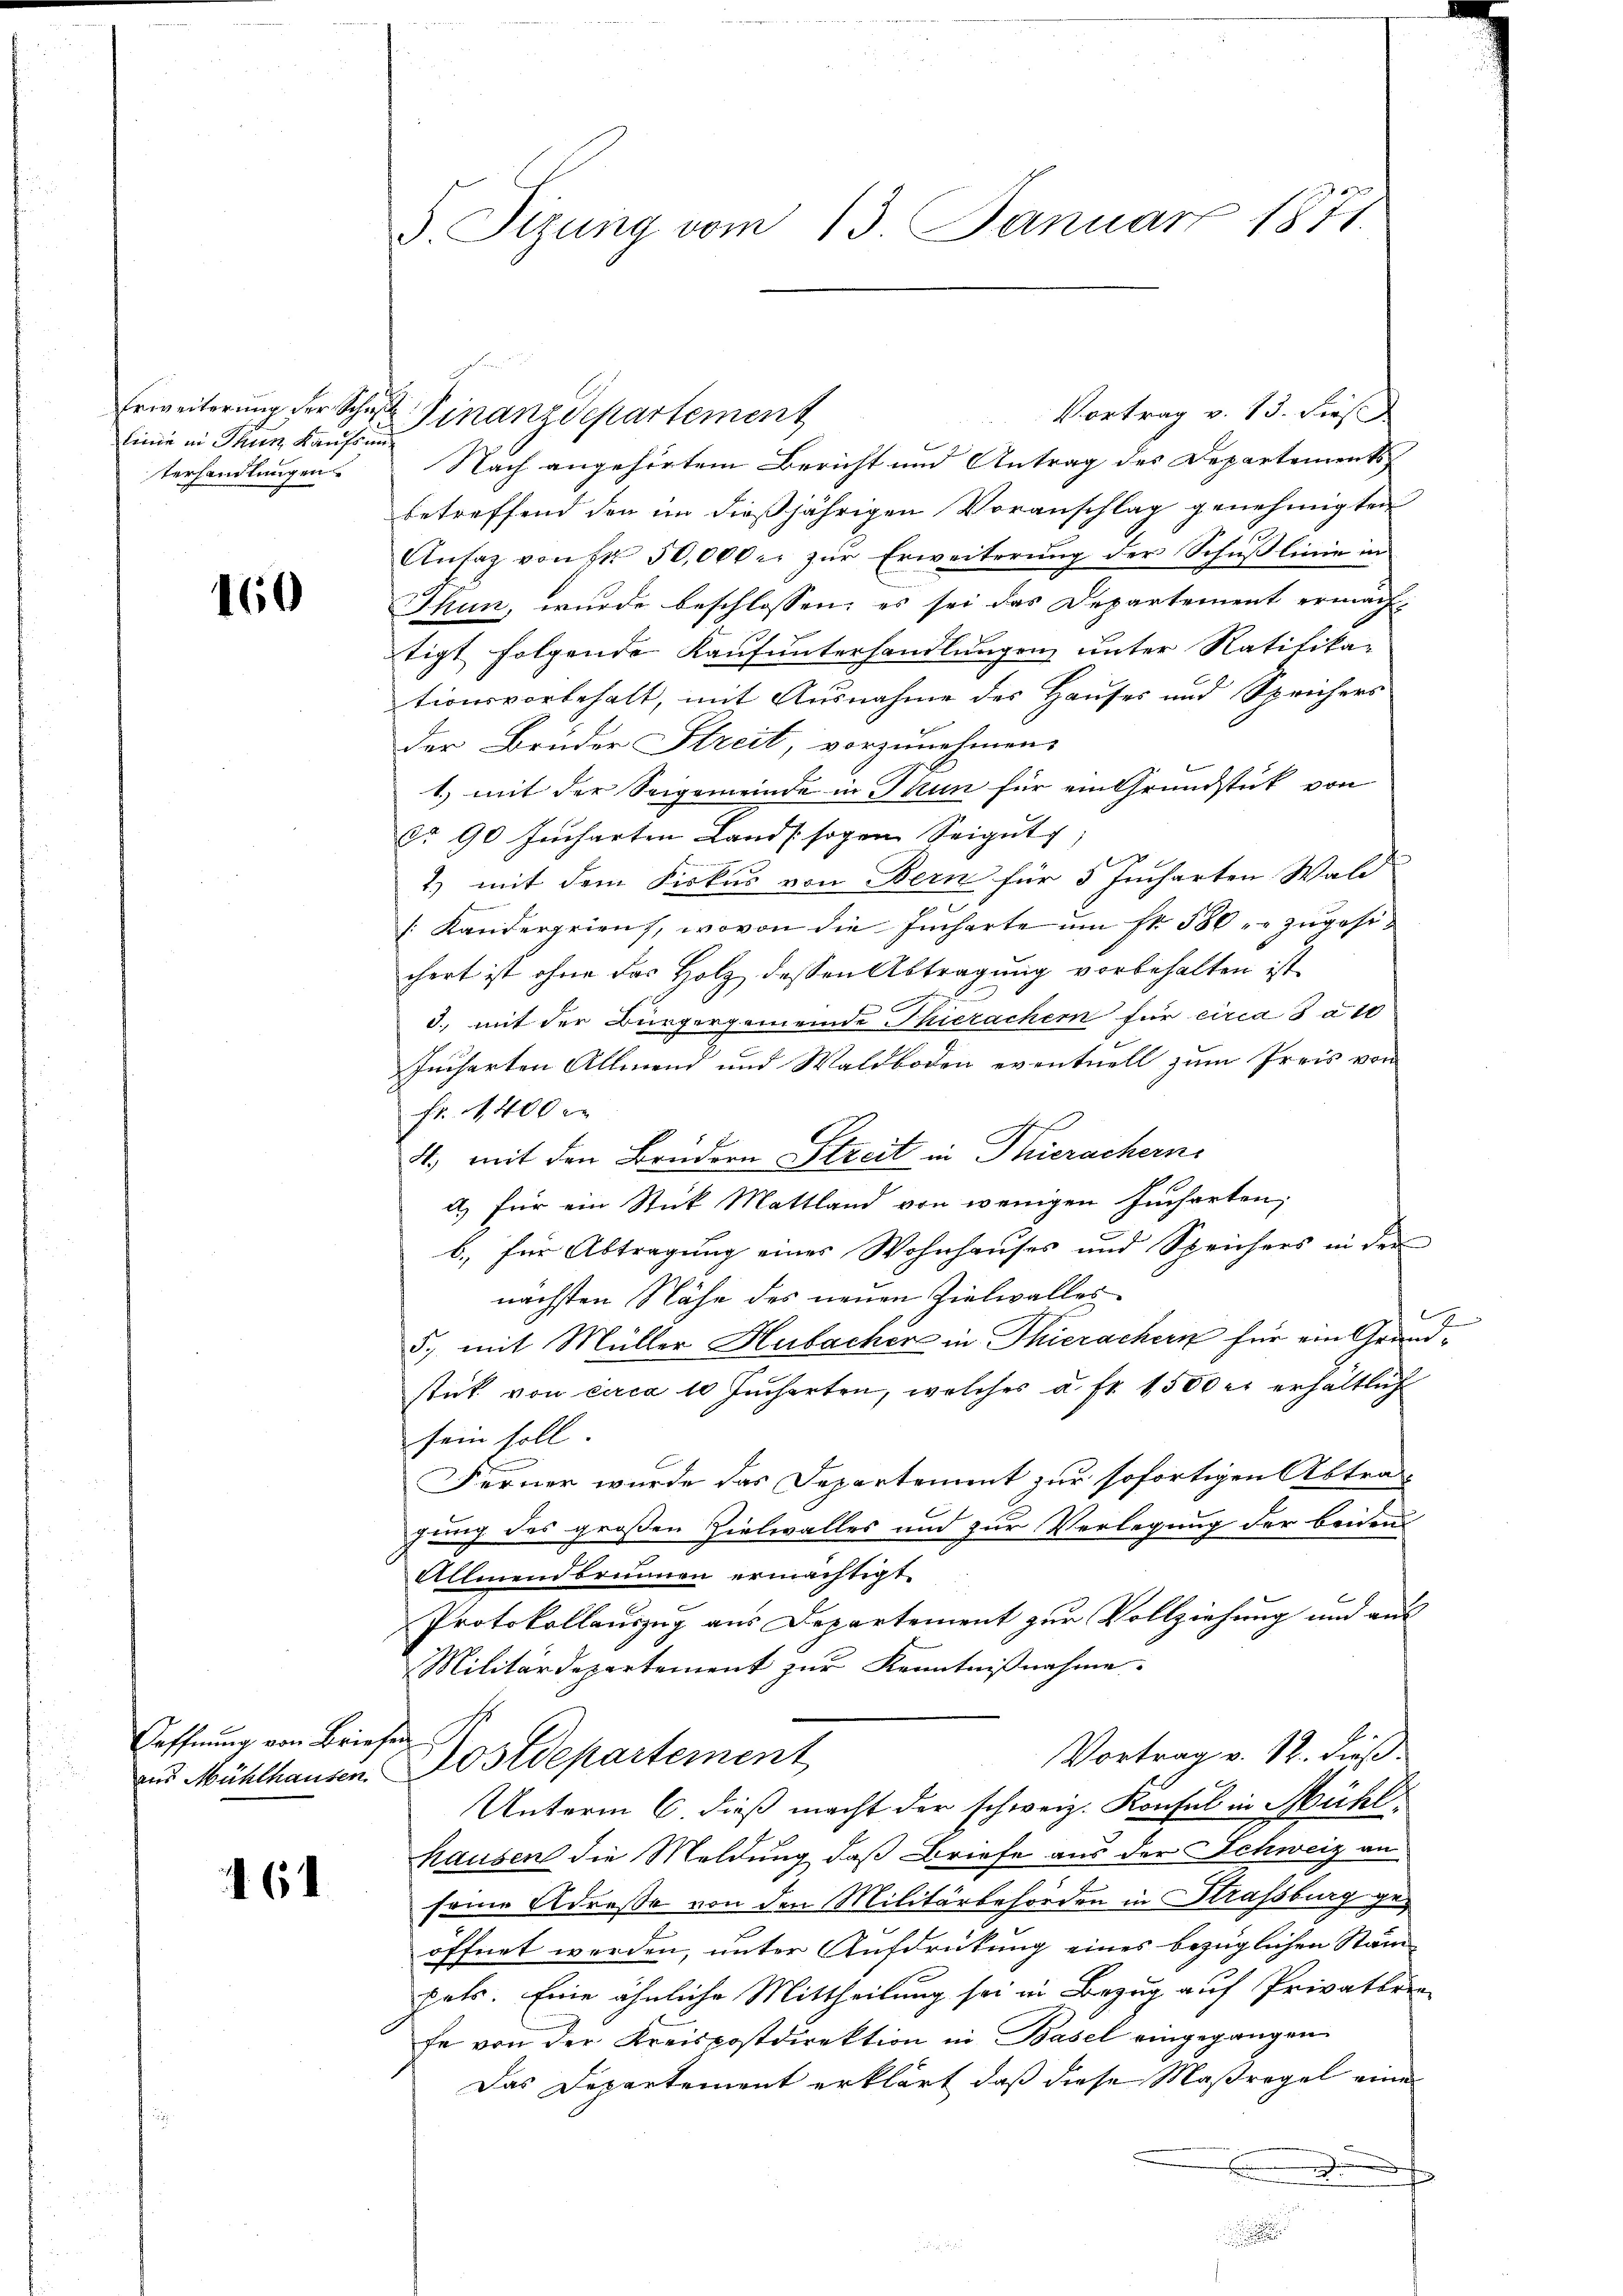
Erweiterung der Schule
linde in Thun Kaufsum
terhandlungen

160

Caffnung von Briefen

161

S. Tizung vom 13. Januar 1871.

Vortrag v. 13. dieß
Finanzdepartement
Nach angehörtem Bericht und Antrag des Departements
betreffend den im dießjährigen Voranschlag genehmigten
Ansaz von Fr. 50,000. zŭr Erweiterung der Schŭβlinie in
Thun, wurde beschlossen: es sei das Departement ermäch-
tigt folgende Kaufunterhandlungen unter Ratifika-
tionsvorbehalt, mit Ausnahme des Hauses und Sprichers
der Brüder Streit vorzunehmen.
1.) mit der Seigemeinde in Thun für ein Grundstück von
do 90 Jucharten Land sogen Seigŭt
1) mit dem Fiskus von Bern für 5 Jucharten Wald
[Kandergrient, wovon die Jucharte ŭm fr. 580 zugesichert ist ohne das Holz dessen Abtragung vorbehalten ist
3., mit der Bürgergemeinde Thierachern für circa 8 à 10
Jucharten Allmend und Waldboden eventuell zum Preis von
fr. 1400 e
f
4.) mit den Brudern Streit in Thierachern
a) für ein Stück Mattland von wenigen Jucharten,
b.) für Abtragung einer Wohnhauses und Speichers in der
nächsten Nähe des neuen Zielwalles
d
5., mit Müller Hubacher in Thierachern für ein Grundstik von circa 10 Jucharten, welches u. fr. 1500 er erhältlich
sein soll
Ferner wurde das Departement zur sofortigen Abtrag
gung des großen Zielwalles und zur Verlegung der beiden
Allmendbrunnen ermächtigt.
Protokollauszug aus Departement zur Vollziehung und aus
Militärdepartement zur Kenntnißnahme.
Vortrag v. 12. dieß.
aud Mühlhausen. Postdepartement
Unterm 6. dieß macht der schweiz. Konsul in Mühl
hausen die Meldung, daß Briefe aus der Schweiz an
seine Adresse von den Militärbehörden in Strassburg geöffnet werden, unter Ausdrückung eines bezüglichen Stämm
pets. Eine ähnliche Mittheilung sei in Bezug auf Privatbere
fe von der Kreispostdirektion in Basel eingegangen
Das Departement erklärt, daß diese Maßregel eine
.